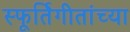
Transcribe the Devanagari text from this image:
स्फूर्तिगीतांच्या